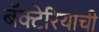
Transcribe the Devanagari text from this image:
बॅक्टेरियाची